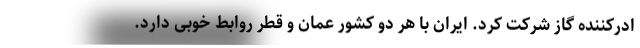
ادرکننده گاز شرکت کرد. ایران با هر دو کشور عمان و قطر روابط خوبی دارد.